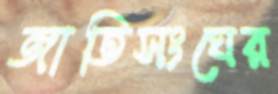
জাতিসংঘের